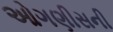
ઓગણીસની